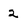
Character: 2